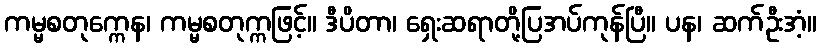
ကမ္မစတုက္ကေန၊ ကမ္မစတုက္ကဖြင့်။ ဒီပိတာ၊ ရှေးဆရာတို့ပြအပ်ကုန်ပြီ။ ပန၊ ဆက်ဦးအံ့။